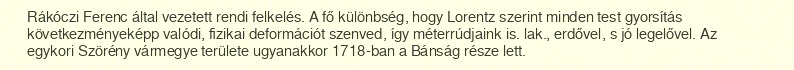
Rákóczi Ferenc által vezetett rendi felkelés. A fő különbség, hogy Lorentz szerint minden test gyorsítás következményeképp valódi, fizikai deformációt szenved, így méterrúdjaink is. lak., erdővel, s jó legelővel. Az egykori Szörény vármegye területe ugyanakkor 1718-ban a Bánság része lett.